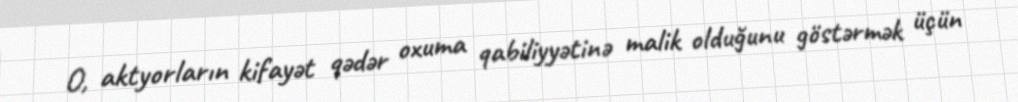
O, aktyorların kifayət qədər oxuma qabiliyyətinə malik olduğunu göstərmək üçün